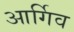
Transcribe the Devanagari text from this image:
आर्गिव